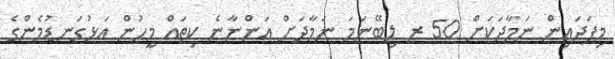
މިފަދައިން ނަމާދަކަށް 50 ރ ލިބޭނަމަ ނަމާދަށް އަންނާނެ ކިތައް މީހުން އަޅުގަނޑުމެންގެ